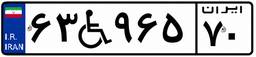
۶۳W۹۶۵۷۰